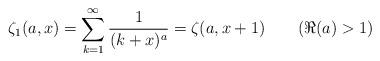
LaTeX: \begin{align*}\zeta_1(a,x)=\sum_{k=1}^\infty\frac{1}{(k+x)^a}=\zeta(a,x+1)\qquad(\Re(a)>1)\end{align*}